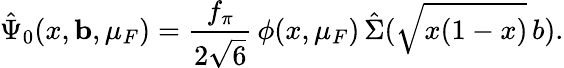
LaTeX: \hat{\Psi}_{0}(x,{\mathbf b},\mu_{F})=\frac{f_{\pi}}{2\sqrt{6}}\, \phi(x,\mu_{F})\, \hat{\Sigma}(\sqrt{x(1-x)}\, b).